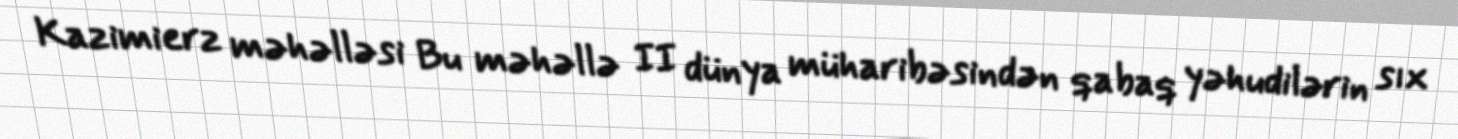
Kazimierz məhəlləsi Bu məhəllə II dünya müharibəsindən qabaq yəhudilərin sıx